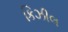
કિઝીલ